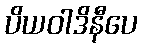
ပိယဝါဒိနီပေ